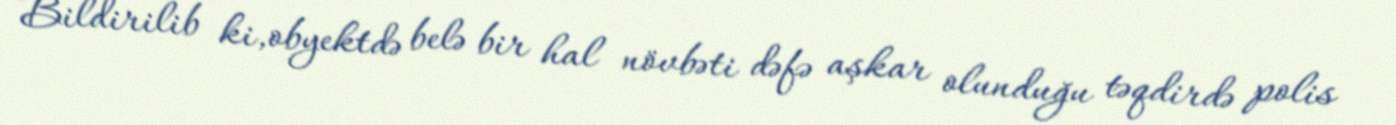
Bildirilib ki,obyektdə belə bir hal növbəti dəfə aşkar olunduğu təqdirdə polis